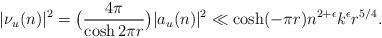
LaTeX: \begin{align*}|\nu_{u}(n)|^2&=\big(\frac{4\pi}{\cosh 2\pi r }\big)|a_{u}(n)|^2 \ll \cosh(-\pi r) n^{2+\epsilon} k^{\epsilon} r^{5/4}.\end{align*}